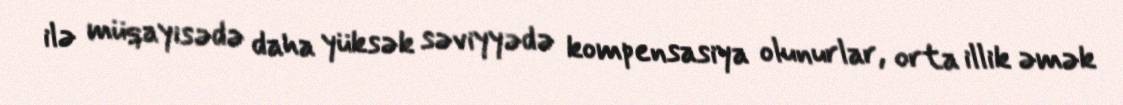
ilə müqayisədə daha yüksək səviyyədə kompensasiya olunurlar, orta illik əmək